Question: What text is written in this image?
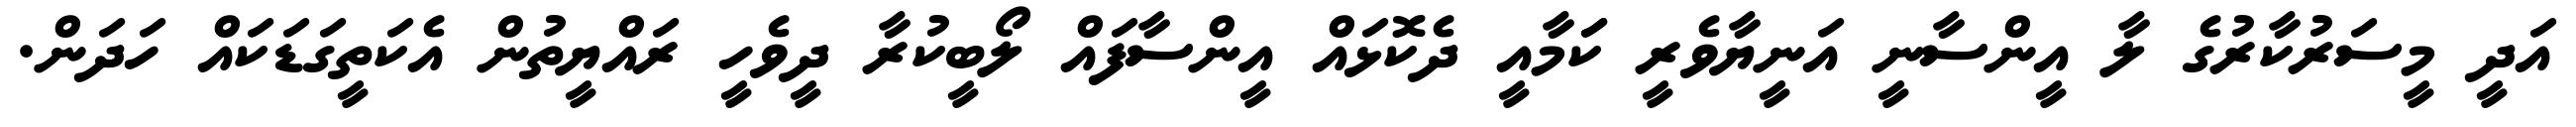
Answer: އަދީ މީސަރުކާރުގެ ލާ އީންސާނީ އަނީޔާވެރީ ކަަމާއީ ދެކޮޅައް އީންސާފައް ލޯބީކުރާ ދީވެހީ ރައްޔީތުން އެކަތީގަޑަކައް ހަދަން.